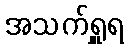
အသက်ရှူရ